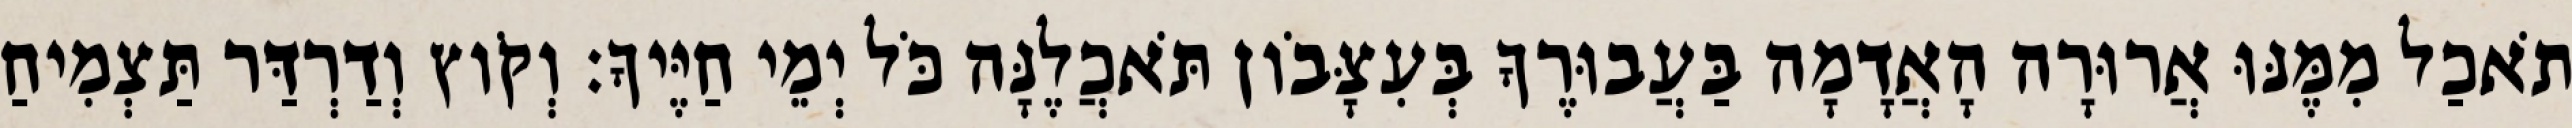
תֹאכַל מִמֶּנּוּ אֲרוּרָה הָאֲדָמָה בַּעֲבוּרֶךָ בְּעִצָּבֹון תֹּאכֲלֶנָּה כֹּל יְמֵי חַיֶּיךָ׃ וְקֹוץ וְדַרְדַּר תַּצְמִיחַ